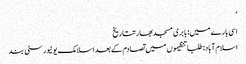
‘
اسی بارے میں: بابری مسجدبھارتتاریخ
اسلام آباد: طلبا تنظیموں میں تصادم کے بعد اسلامک یونیورسٹی بند